Indian journal of veterinary science and animal husbandry - Volumes 18-21, 1948-1951
Year: 1948
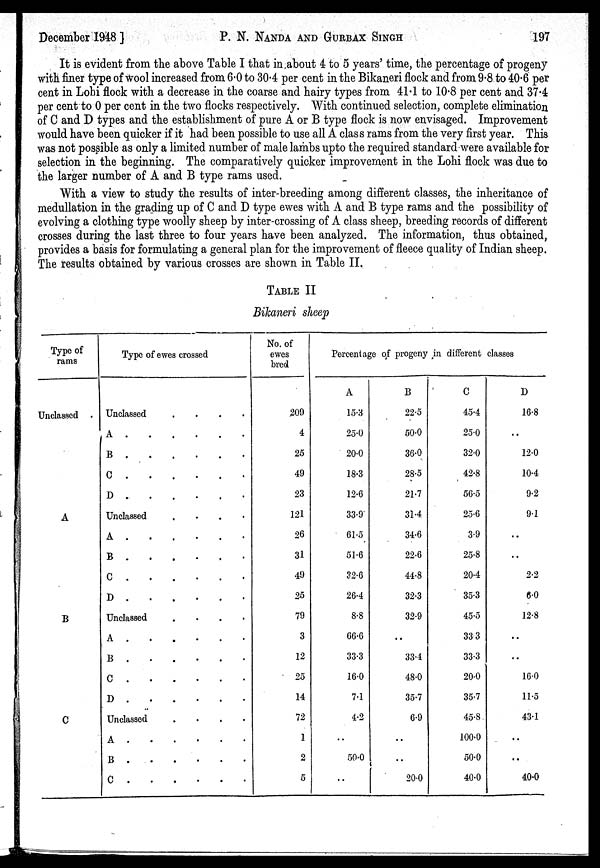
December 1948]
P. N.
NANDA
AND
GURBAX
SINGH
197
It is evident from the above Table I that in about 4 to 5 years' time, the percentage of progeny
with finer type of wool increased from 6.0 to 30.4 per cent in the Bikaneri flock and from 9.8 to 40.6 per
cent in Lohi flock with a decrease in the coarse and hairy types from 41.1 to 10.8 per cent and 37.4
per cent to 0 per cent in the two flocks respectively. With continued selection, complete elimination
of C and D types and the establishment of pure A or B type flock is now envisaged. Improvement
would have been quicker if it had been possible to use all A class rams from the very first year. This
was not possible as only a limited number of male lambs upto the required standard were available for
selection in the beginning. The comparatively quicker improvement in the Lohi flock was due to
the larger number of A and B type rams used.
With a view to study the results of inter-breeding among different classes, the inheritance of
medullation in the grading up of C and D type ewes with A and B type rams and the possibility of
evolving a clothing type woolly sheep by inter-crossing of A class sheep, breeding records of different
crosses during the last three to four years have been analyzed. The information, thus obtained,
provides a basis for formulating a general plan for the improvement of fleece quality of Indian sheep.
The results obtained by various crosses are shown in Table II.
TABLE II
Bikaneri sheep
Type of
rams
Unclassed .
A
B
C
Type of ewes crossed
Unclassed
....
A
B
C .....
D .....
Unclassed
.
A
.....
B
C
.....
D
.....
Unclassed
....
A
.....
B
.....
C
D
.....
Unclassed
....
A
B
C
No. of
ewes
bred
209
4
25
49
23
121
26
31
49
25
79
3
12
25
14
72
1
2
5
Percentage of progeny in different clases
A
15.3
25.0
20.0
18.3
12.6
33.9
61.5
51.6
32.6
26.4
8.8
66.6
33.3
16.0
7.1
4.2
..
50.0
..
B
22.5
50.0
36.0
28.5
21.7
31.4
34.6
22.6
44.8
32.3
32.9
..
33.4
48.0
35.7
6.9
..
..
20.0
C
45.4
25.0
32.0
42.8
56.5
25.6
3.9
25.8
20.4
35.3
45.5
33 3
33.3
20.0
35.7
45.8
100.0
50.0
40.0
D
16.8
..
12.0
10.4
9.2
9.1
..
..
2.2
6.0
12.8
..
..
16.0
11.5
43.1
..
..
40.0